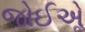
જોઈએૢ